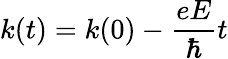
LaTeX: k(t)=k(0)-{\frac{eE}{\hbar}}t